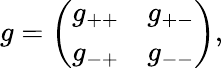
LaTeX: g=\left(\begin{array}{cc}{{g_{++}}}&{{g_{+-}}}\\ {{g_{-+}}}&{{g_{--}}}\end{array}\right),